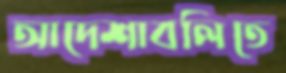
আদেশাবলিতে